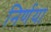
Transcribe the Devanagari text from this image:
निर्णया